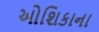
ઓશિકાના